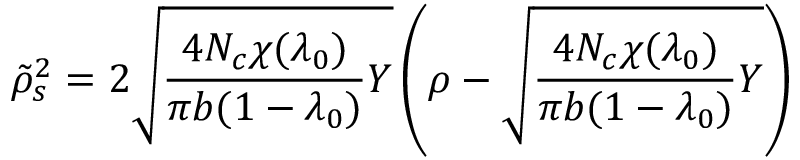
\tilde { \rho } _ { s } ^ { 2 } = 2 { \sqrt { { \frac { 4 N _ { c } \chi ( \lambda _ { 0 } ) } { \pi b ( 1 - \lambda _ { 0 } ) } } Y } } \left( \rho - { \sqrt { { \frac { 4 N _ { c } \chi ( \lambda _ { 0 } ) } { \pi b ( 1 - \lambda _ { 0 } ) } } Y } } \right)